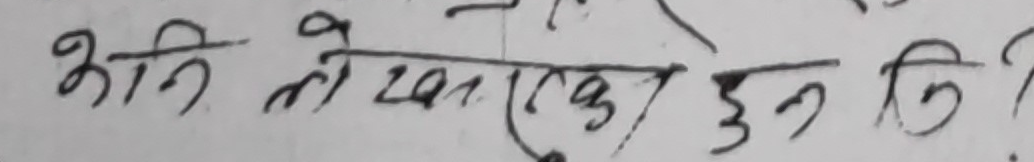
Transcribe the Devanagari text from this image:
अनि तोखाएका हुन कि ?